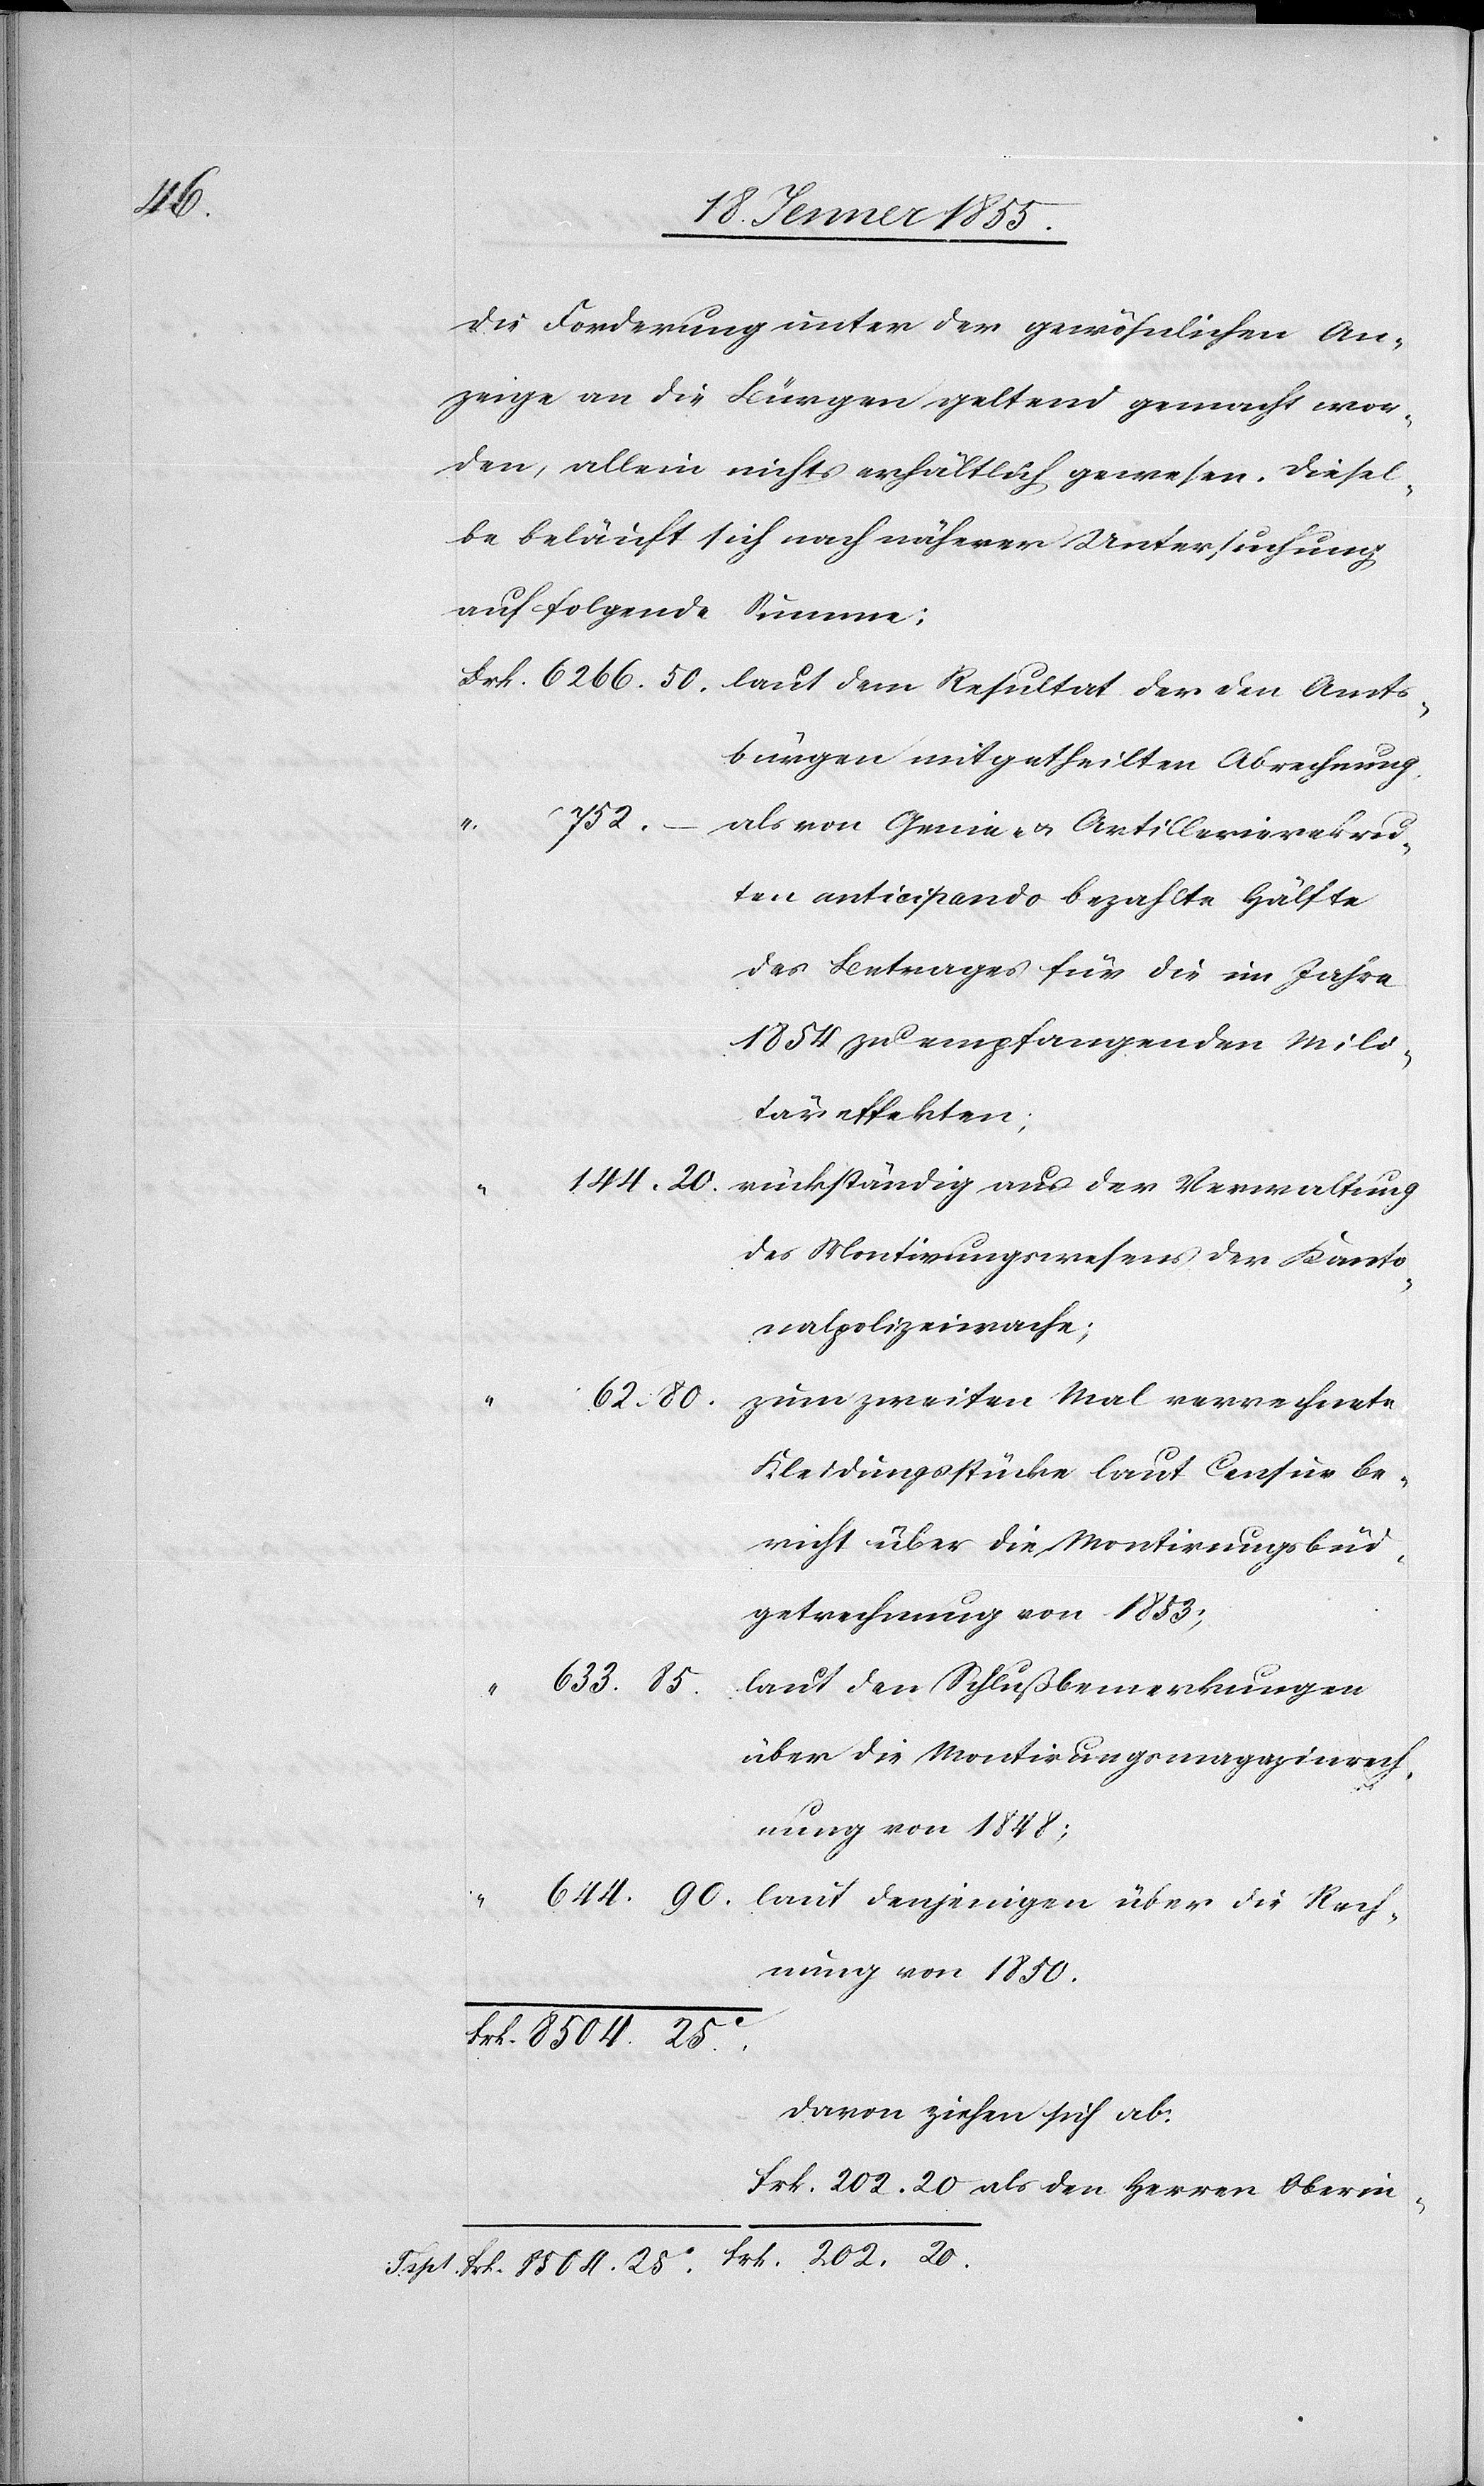
die Forderung unter der gewöhnlichen An¬
zeige an die Bürgen geltend gemacht wor¬
den, allein nichts erhältlich gewesen. Diesel¬
be beläuft sich nach näherer Untersuchung
auf folgende Summe:
bürgen mitgetheilten Abrechnung.
Rech¬
als von Genie- & Artillerierekru¬
ten anticipando bezahlte Hälfte
des Betrages für die im Jahre
1854 zu empfangenden Mili¬
täreffekten;
rückständig aus der Verwaltung
des Montirungswesens der Kanto¬
nalpolizeiwache;
202. 20
zum zweiten Mal verrechnete
Kleidungsstücke laut Censurbe¬
richt über die Montirungsbüd¬
getrechnung von 1853;
633. 85.
laut den Schlußbemerkungen
über die Montirungsmagazinrech¬
nung von 1848;
nung von 1850.
Frk. 8504. 25C.
davon ziehen sich ab: